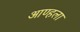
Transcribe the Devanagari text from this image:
आण्हला